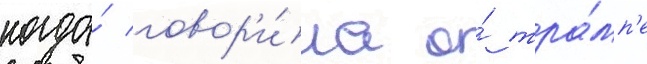
когда́ говор'и́ла о́ тра́мп'е